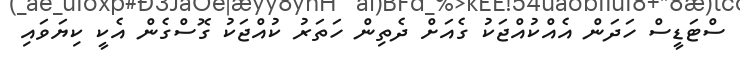
ސްޓަޑީސް ހަދަން އެއްކުއްޖަކު ގެއަށް ދެތިން ހަތަރު ކުއްޖަކު ގޮސްގެން އެކީ ކިޔަވައި